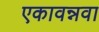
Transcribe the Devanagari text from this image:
एकावन्नवा